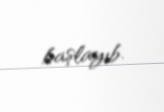
başlayıb.